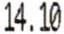
14.10